Civil Veterinary Dept. Bombay admin report 1923-31 - 1923-1931
Year: 1923
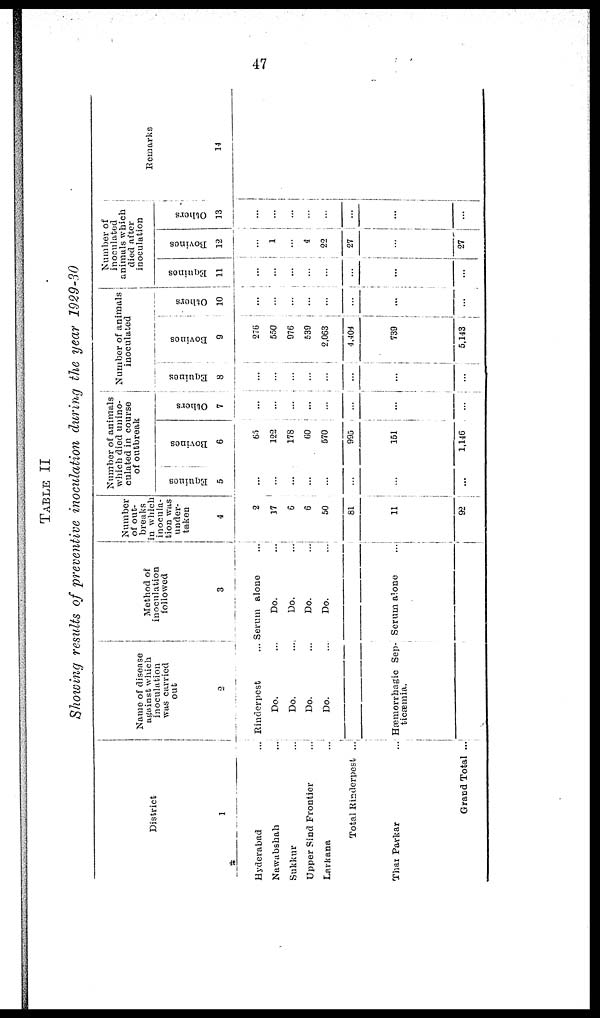
47
TABLE II
Showing results of preventive inoculation during the year 1929-30
District
1
Hyderabad ...
Nawabshah ...
Sukkur ...
Upper Sind Frontier ...
Larkana ...
Total Rinderpest ...
Thar Parkar ...
Grand Total ...
Name of disease
against which
inoculation
was carried
out
2
Rinderpest ...
Do. ...
Do. ...
Do. ...
Do. ...
Hæmorrhagic Sep-
ticæmia.
Method of
inoculation
followed
3
Serum alone
Do. ...
Do. ...
Do. ...
Do. ...
Serum alone ...
Number
of out-
breaks
in which
inocula-
tion was
under-
taken
4
2
17
6
6
50
81
11
92
Number of animals
which died unino-
culated in course
of outbreak
Equines
5
...
...
...
...
...
...
...
...
Bovines
6
65
122
178
60
570
995
151
1,146
Others
7
...
...
...
...
...
...
...
...
Number of animals
inoculated
Equines
8
...
...
...
...
...
...
...
...
Bovines
9
276
550
976
539
2,063
4,404
739
5,143
Others
10
...
...
...
...
...
...
...
...
Number of
inoculated
animals which
died after
inoculation
Equines
11
...
...
...
...
...
...
...
...
Bovines
12
...
1
...
4
22
27
...
27
Others
13
...
...
...
...
...
...
...
...
Remarks
14